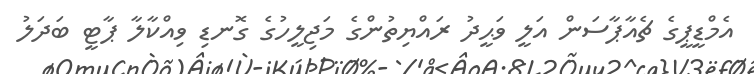
އެމްޑީޕީގެ ޗެއާޕާސަން އަލީ ވަޙީދު ރައްޔިތުންގެ މަޖިލީހުގެ ގޮނޑި ވިއްކާލާ ޕާޓީ ބަދަލު